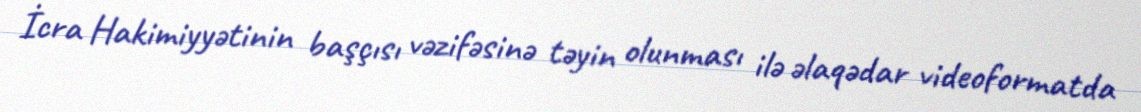
İcra Hakimiyyətinin başçısı vəzifəsinə təyin olunması ilə əlaqədar videoformatda